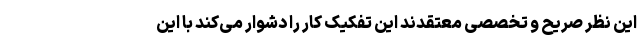
این نظر صریح و تخصصی معتقدند این تفکیک کار را دشوار می‌کند با این